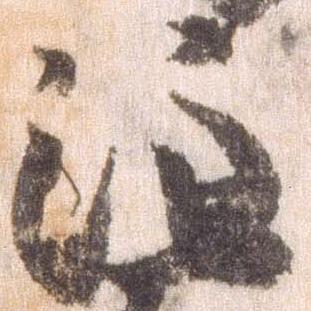
注